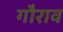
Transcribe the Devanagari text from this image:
गौराव